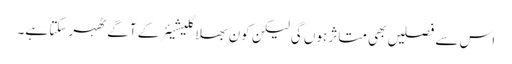
اس سے فصلیں بھی متاثر ہوں گی لیکن کون بھلا گلیشیئر کے آگے ٹھہر سکتا ہے۔